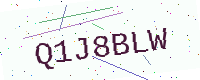
Text: Q1J8BLW